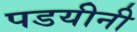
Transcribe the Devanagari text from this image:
पडयीनी